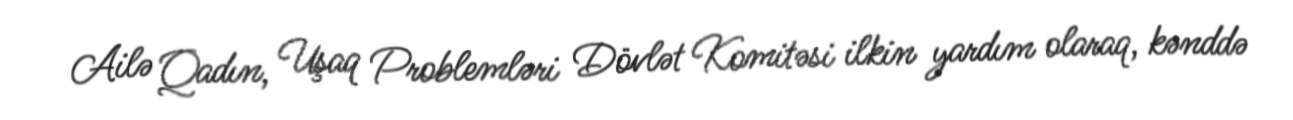
Ailə Qadın, Uşaq Problemləri Dövlət Komitəsi ilkin yardım olaraq, kənddə